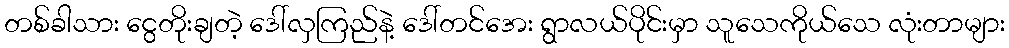
တစ်ခါသား ငွေတိုးချတဲ့ ဒေါ်လှကြည်နဲ့ ဒေါ်တင်အေး ရွာလယ်ပိုင်းမှာ သူသေကိုယ်သေ လုံးတာများ